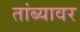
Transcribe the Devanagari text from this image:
तांब्यावर